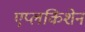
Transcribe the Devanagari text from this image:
एप्लकिशेन